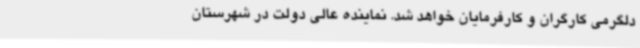
دلگرمی کارگران و کارفرمایان خواهد شد. نماینده عالی دولت در شهرستان